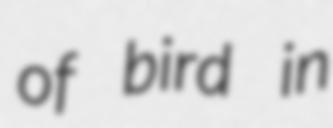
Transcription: of bird in